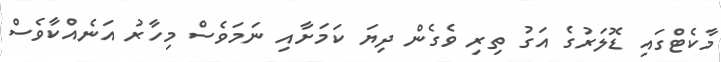
މާކެޓްގައި ޑޮލަރުގެ އަގު ތިރި ވެގެން ދިޔަ ކަމަށާއި ނަމަވެސް މިހާރު އަނެއްކާވެސް